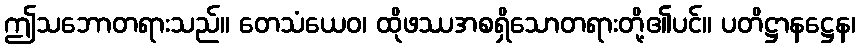
ဤသဘောတရားသည်။ တေသံယေဝ၊ ထိုဖဿအစရှိသောတရားတို့၏ပင်။ ပတိဋ္ဌာနဋ္ဌေန၊